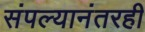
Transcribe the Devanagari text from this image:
संपल्यानंतरही